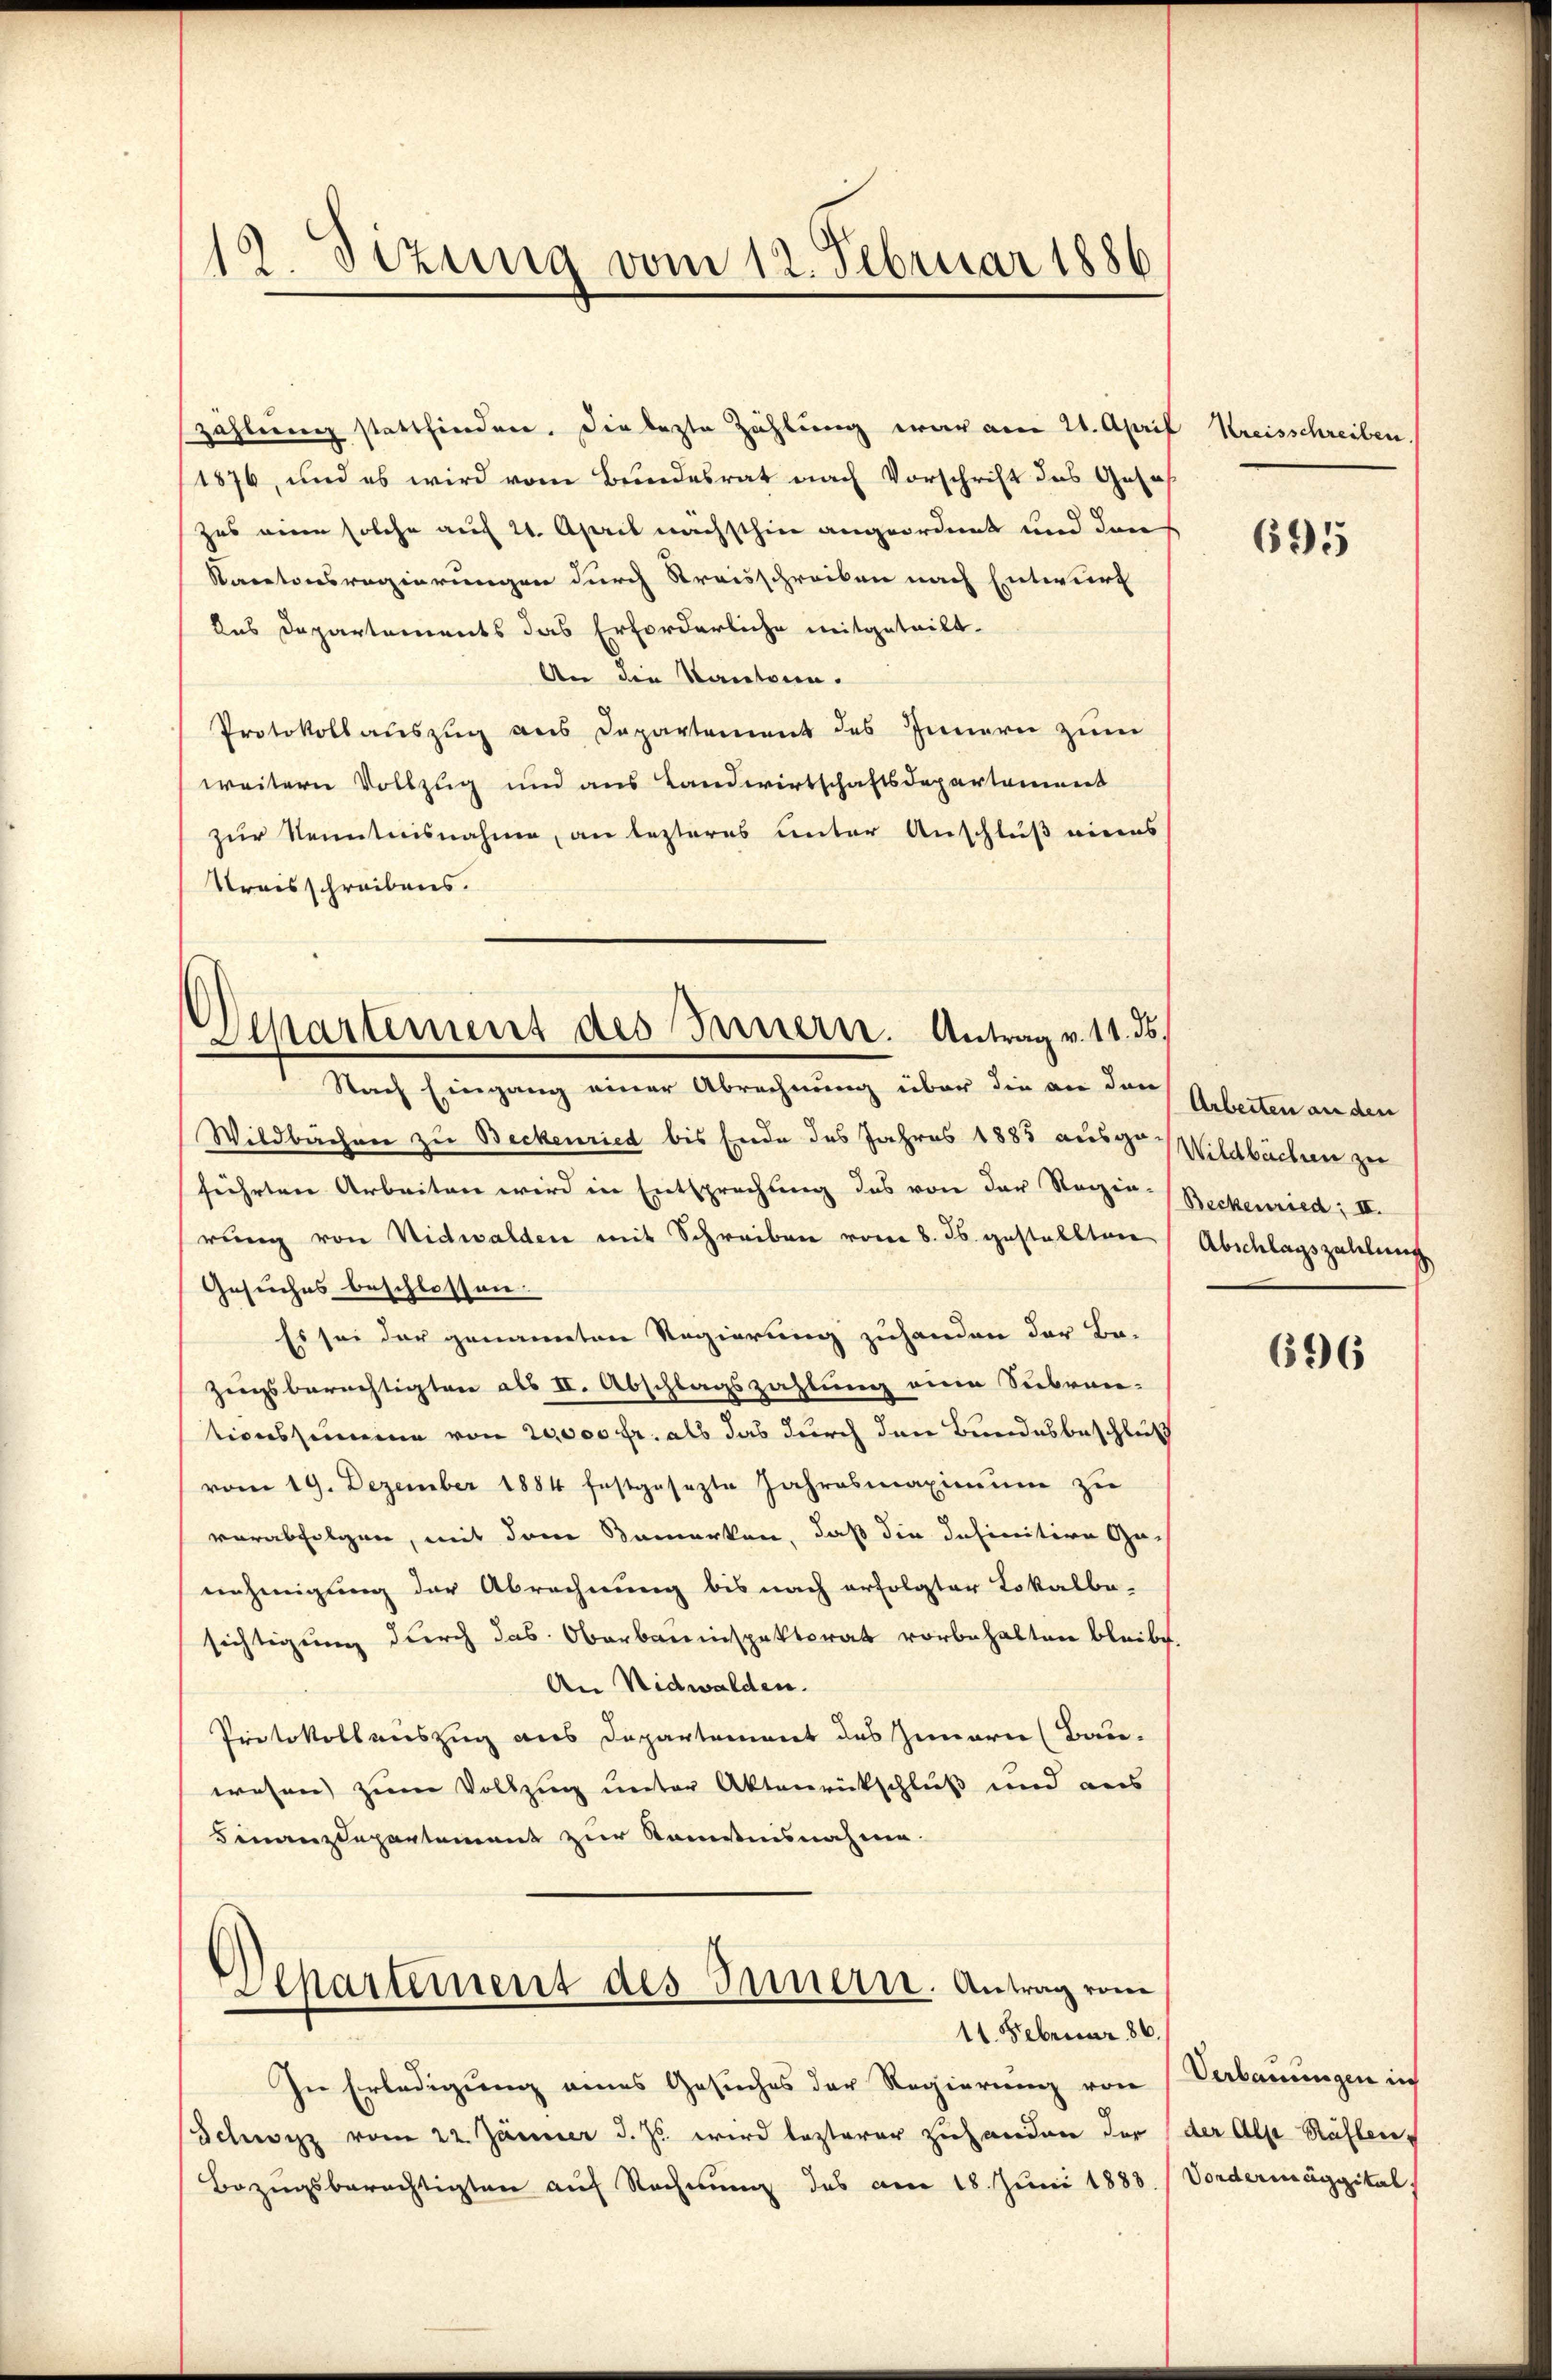
19. Sizung vom 12. Februar 1886

zählung stattfinden. Die lezte Zählung war am 21. April Kreisschreiben.
1876, und es wird vom Bundesrat nach Vorschrift das Gesa
Zus einen solche auf 21. April nächsthin angeordnet und dann
Kantonsregierungen durch Kreisschreiben nach Entwurf
das Departements das Erforderliche mitgeteilt.
An die Kautsein.
Protokollauszug aus Departement des Innern zum
weitern Vollzug und aus Landwirtschaftsdepartement
zur Kenntnisnahme, an lezteres unter Anschluß einens
Kreisschreibens.

Separtement des Innern. Antrag v. 11. ds.
Nach Eingang einer Abrechnung über die an den Arbeiten an den

Wildbachen zu Beckenried bis Ende des Jahres 1883 aus zu Wildbachen zu
führten Arbeiten wird in Entsprechung das von der Regen- Beckenried; II.
rung von Nidwalden mit Schreiben vom 8. ds. gestellten Abschlagszahlung
Gesuches beschlossen.
Es sei der genannten Regierung zuhanden der Be-
Zugsberechtigten als II. Abschlagszahlung eine Subven-
tionssumme von 20,000 fr. als das durch den Bundesbeschluß
vom 19. Dezember 1884 festgesezte Jahresmaximum zu
verabfolgen, mit den Bemerken, daß die Infinitive Ge-
nehmigung der Abrechnung bis nach erfolgter Lokalba-
sichtigung durch das Oberbauinspektorat vorbehalten bleibe
An Nidwalden.
Protokollauszug aus Departement des Zimmern (Bau-
wesen zum Vollzug unter Aktenrückschluß und aus
Finanzdepartement zur Komitnisnahme.
Separtement des Innern. Antrag vom
11. Februar 186.
In Erledigung eines Gesuches der Regierung von
Schwyz vom 22. Jänner d. Js. wird lezterer Zuhanden der
Bezugsberechtigten auf Rechnung des am 18. Juni 1888

695

696

Verbauungen in
der Alp Kählen.
Vordermaggital